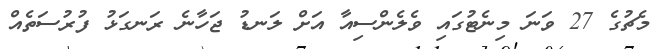
މެޗުގެ 27 ވަނަ މިނެޓުގައި ވެލެންސިއާ އަށް ލަނޑު ޖަހާނެ ރަނގަޅު ފުރުސަތެއް